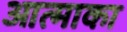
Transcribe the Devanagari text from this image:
आत्माका